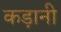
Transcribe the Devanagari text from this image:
कड़ानी